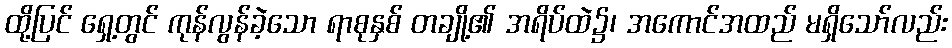
ထို့ပြင် ရှေ့တွင် ကုန်လွန်ခဲ့သော ရာစုနှစ် တချို့၏ အရိပ်ထဲ၌၊ အကောင်အထည် မရှိသော်လည်း